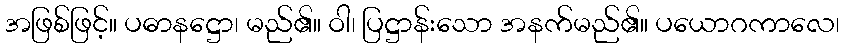
အဖြစ်ဖြင့်။ ပဓာနဋ္ဌော၊ မည်၏။ ဝါ၊ ပြဋ္ဌာန်းသော အနက်မည်၏။ ပယောဂကာလေ၊